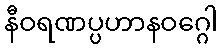
နီဝရဏပ္ပဟာနဝဂ္ဂေါ